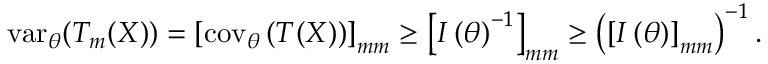
\operatorname { v a r } _ { \boldsymbol { \theta } } ( T _ { m } ( X ) ) = \left[ \operatorname { c o v } _ { \boldsymbol { \theta } } \left( { \boldsymbol { T } } ( X ) \right) \right] _ { m m } \geq \left[ I \left( { \boldsymbol { \theta } } \right) ^ { - 1 } \right] _ { m m } \geq \left( \left[ I \left( { \boldsymbol { \theta } } \right) \right] _ { m m } \right) ^ { - 1 } .